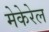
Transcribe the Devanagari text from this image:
मेकेरेल